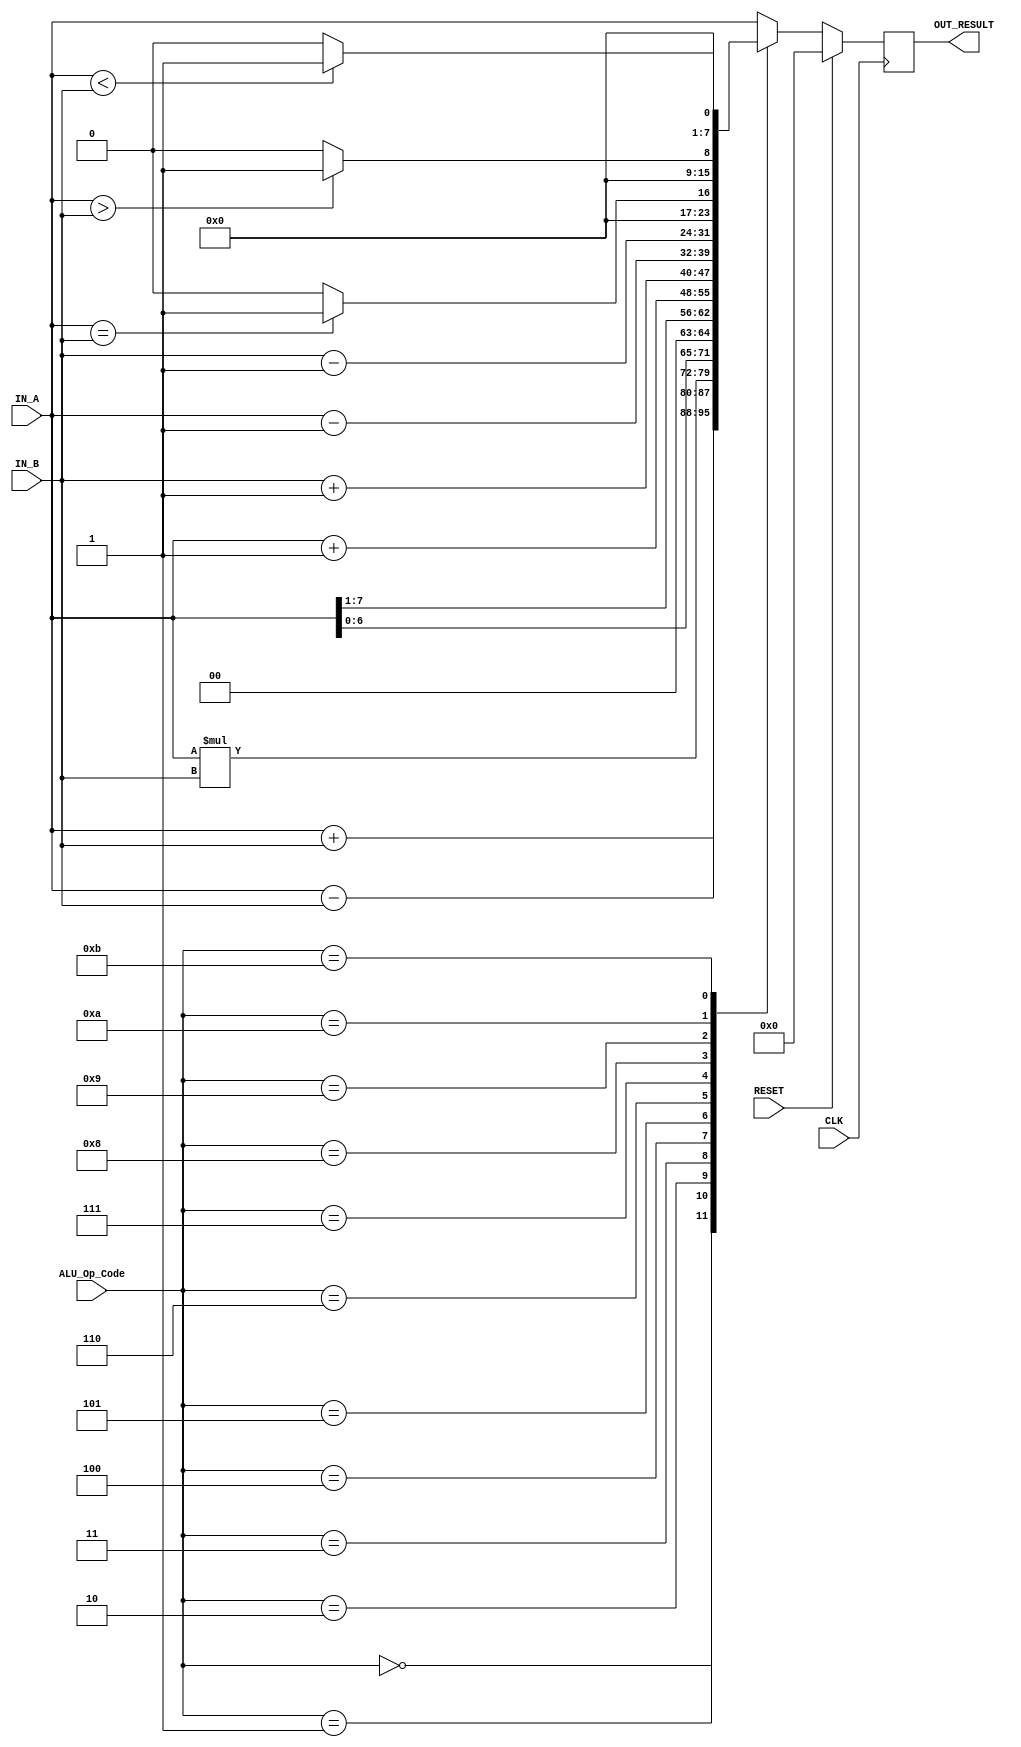
`timescale 1ns / 1ps
//////////////////////////////////////////////////////////////////////////////////
// Company: 
// Engineer: 
// 
// Design Name: 
// Module Name: ALU
// Project Name: 
// Target Devices: 
// Tool Versions: 
// Description: 
// 
// Dependencies: 
// 
// Revision:
// Revision 0.01 - File Created
// Additional Comments:
// 
//////////////////////////////////////////////////////////////////////////////////


module ALU(
//standard signals
input CLK,
input RESET,
//I/O
input [7:0] IN_A,
input [7:0] IN_B,
input [3:0] ALU_Op_Code,
output [7:0] OUT_RESULT
);
reg [7:0] Out;
//Arithmetic Computation
always@(posedge CLK) begin
if(RESET)
Out <= 0;
else begin
case (ALU_Op_Code)
//Maths Operations
//Add A + B
4'h0: Out <= IN_A + IN_B;
//Subtract A - B
4'h1: Out <= IN_A - IN_B;
//Multiply A * B
4'h2: Out <= IN_A * IN_B;
//Shift Left A << 1
4'h3: Out <= IN_A << 1;
//Shift Right A >> 1
4'h4: Out <= IN_A >> 1;
//Increment A+1
4'h5: Out <= IN_A + 1'b1;
//Increment B+1
4'h6: Out <= IN_B + 1'b1;
//Decrement A-1
4'h7: Out <= IN_A - 1'b1;
//Decrement B+1
4'h8: Out <= IN_B - 1'b1;
// In/Equality Operations
//A == B
4'h9: Out <= (IN_A == IN_B) ? 8'h01 : 8'h00;
//A > B
4'hA: Out <= (IN_A > IN_B) ? 8'h01 : 8'h00;
//A < B
4'hB: Out <= (IN_A < IN_B) ? 8'h01 : 8'h00;
//Default A
default: Out <= IN_A;
endcase
end
end
assign OUT_RESULT = Out;
endmodule